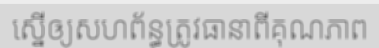
ស្នើឲ្យសហព័ន្ធត្រូវធានាពីគុណភាព